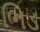
ભિડ